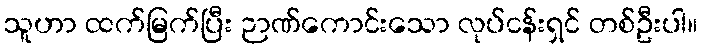
သူဟာ ထက်မြက်ပြီး ဉာဏ်ကောင်းသော လုပ်ငန်းရှင် တစ်ဦးပါ။